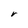
Character: r